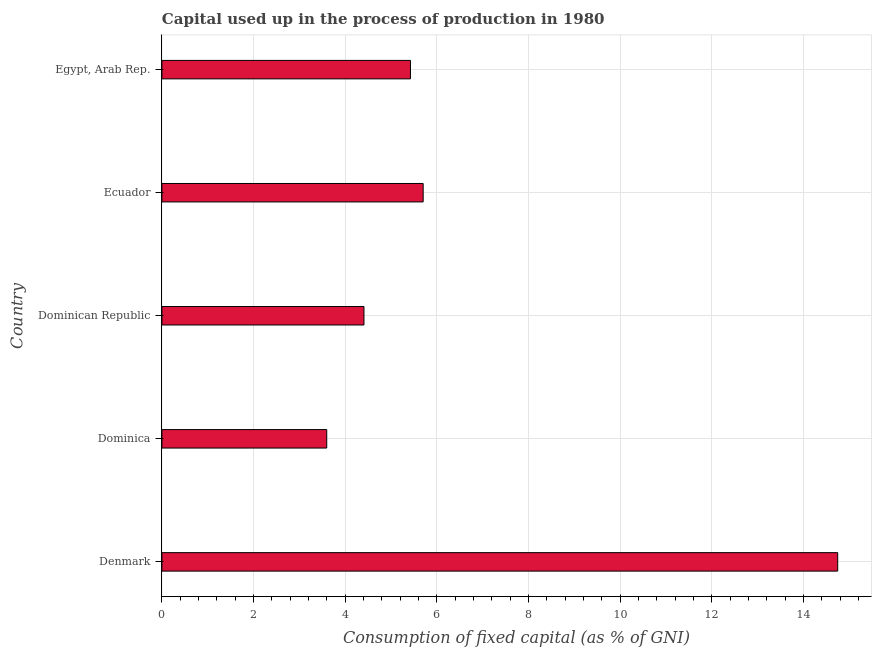
| Country | Consumption of fixed capital |
 | --- | --- |
 | Denmark | 14.7 |
 | Dominica | 3.6 |
 | Dominican Republic | 4.41 |
 | Ecuador | 5.7 |
 | Egypt, Arab Rep. | 5.42 |